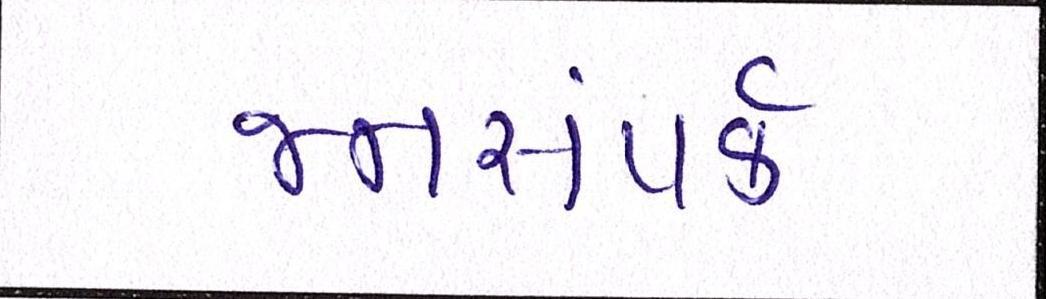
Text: જનસંપર્ક